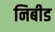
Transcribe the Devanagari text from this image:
निबीड